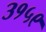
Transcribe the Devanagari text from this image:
३१५९